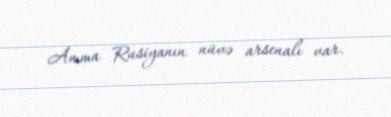
Amma Rusiyanın nüvə arsenalı var.